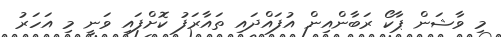
މި ވާޝަން ޕާކޯ ރަބާންއިން އުފައްދައި ތައާރަފު ކޮށްފައި ވަނީ މި އަހަރު